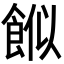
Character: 𩛮